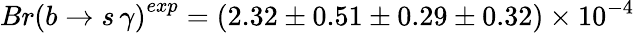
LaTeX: {Br(b\rightarrow s\, \gamma)}^{exp}=\left(2.32\pm 0.51\pm 0.29\pm 0.32\right)\times 10^{-4}